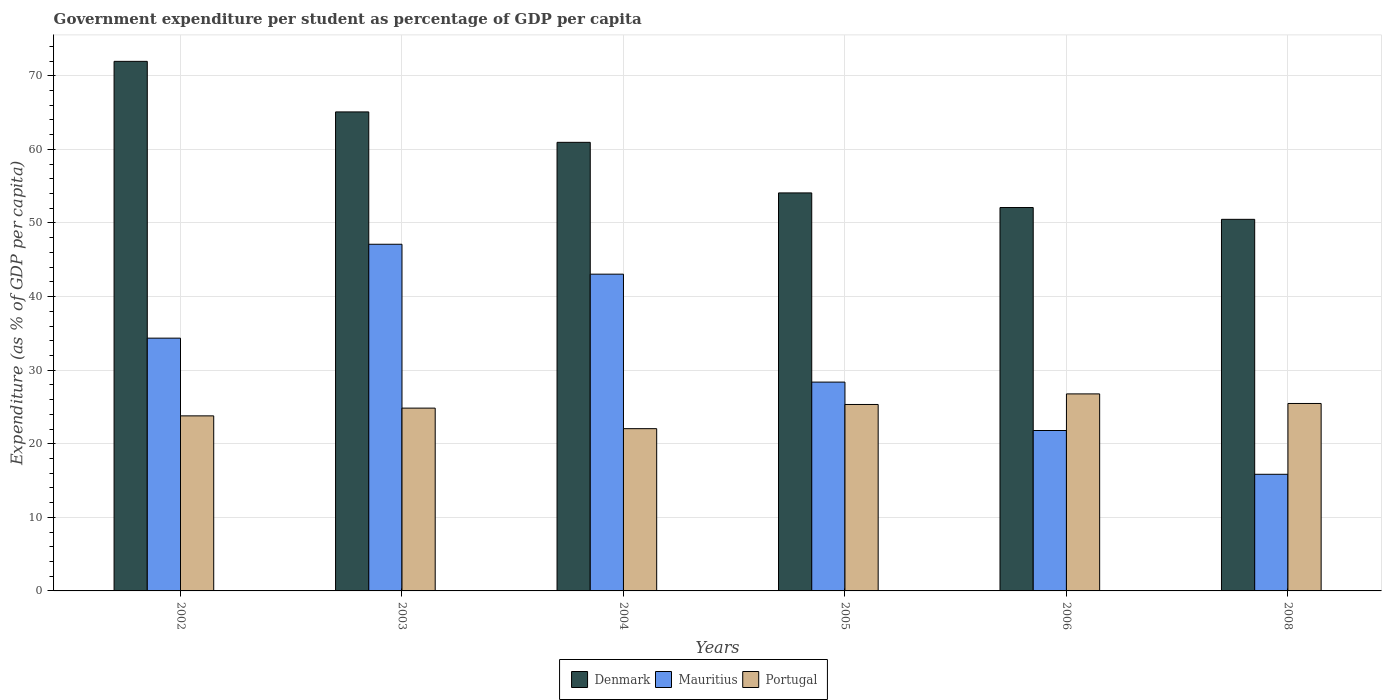
| Years | Denmark | Mauritius | Portugal |
 | --- | --- | --- | --- |
 | 2002 | 72 | 34.3 | 23.8 |
 | 2003 | 65.1 | 47.1 | 24.8 |
 | 2004 | 61 | 43 | 22 |
 | 2005 | 54.1 | 28.4 | 25.3 |
 | 2006 | 52.1 | 21.8 | 26.8 |
 | 2008 | 50.5 | 15.9 | 25.5 |